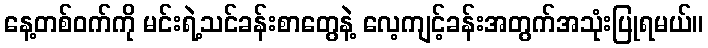
နေ့တစ်ဝက်ကို မင်းရဲ့သင်ခန်းစာတွေနဲ့ လေ့ကျင့်ခန်းအတွက်အသုံးပြုရမယ်။